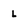
Character: L